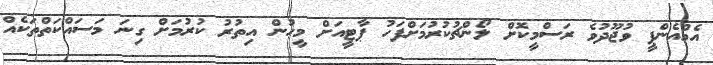
އެމްއެންޕީ ވުޖޫދުވެ ރަސްމީކޮށް ލޯންޗުކުރުމަށްފަހު ޕާޓީއަށް މީހުން އިތުރު ކުރުމަށް ގިނަ މަސައްކަތްތަކެއް